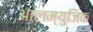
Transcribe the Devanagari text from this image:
आलम्युजिक